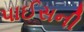
પાઈસની